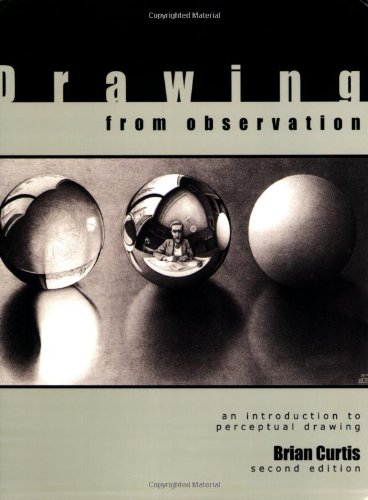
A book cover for Drawing from Observation: An Introduction to Perceptual Drawing; Brian Curtis; Arts & Photography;